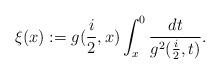
LaTeX: \begin{align*}\xi(x):=g(\frac{i}{2},x)\int_{x}^{0}\frac{dt}{g^{2}(\frac{i}{2},t)}.\end{align*}